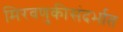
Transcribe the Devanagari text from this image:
मिरवणुकीसंदर्भात